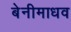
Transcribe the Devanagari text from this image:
बेनीमाधव